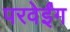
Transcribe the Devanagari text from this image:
परवेईंग